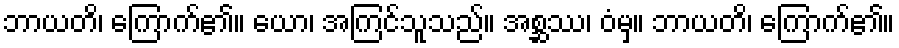
ဘာယတိ၊ ကြောက်၏။ ယော၊ အကြင်သူသည်။ အစ္ဆဿ၊ ဝံမှ။ ဘာယတိ၊ ကြောက်၏။